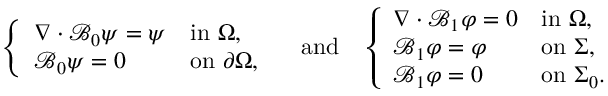
\left\{ \begin{array} { l l } { \nabla \cdot \mathcal { B } _ { 0 } \psi = \psi } & { \mathrm { i n ~ } \Omega , } \\ { \mathcal { B } _ { 0 } \psi = 0 } & { \mathrm { o n ~ } \partial \Omega , } \end{array} \right. \quad \mathrm { a n d } \quad \left\{ \begin{array} { l l } { \nabla \cdot \mathcal { B } _ { 1 } \varphi = 0 } & { \mathrm { i n ~ } \Omega , } \\ { \mathcal { B } _ { 1 } \varphi = \varphi } & { \mathrm { o n ~ } \Sigma , } \\ { \mathcal { B } _ { 1 } \varphi = 0 } & { \mathrm { o n ~ } \Sigma _ { 0 } . } \end{array} \right.